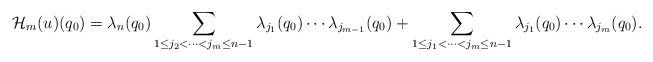
\begin{align*} \mathcal{H}_m(u)(q_0) = \lambda_{n}(q_0) \sum\limits_{1\leq j_2<\dots<j_m\leq n-1}\lambda_{j_1}(q_0) \cdots\lambda_{j_{m-1}}(q_0)+ \sum\limits_{1\leq j_1<\dots<j_m\leq n-1}\lambda_{j_1}(q_0)\cdots\lambda_{j_m}(q_0). \end{align*}